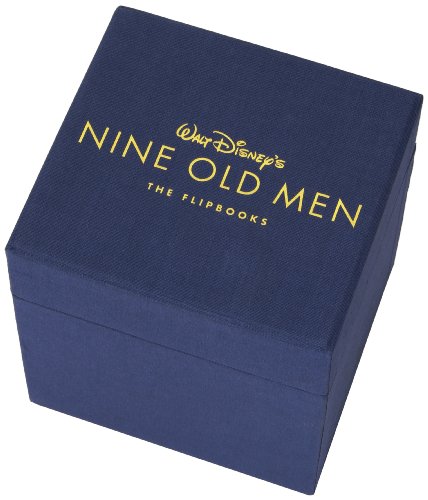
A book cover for Walt Disney's Nine Old Men: The Flipbooks; Pete Docter; Comics & Graphic Novels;